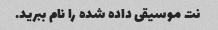
نت موسیقی داده شده را نام ببرید.